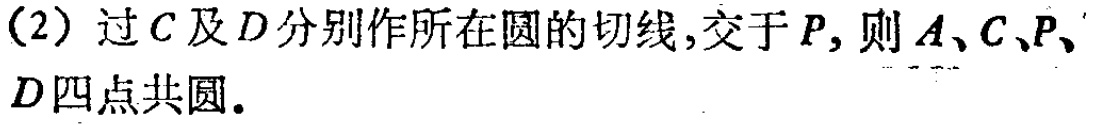
（2）过\(C\)及\(D\)分别作所在圆的切线，交于\(P\)，则\(A\)、\(C\)、\(P\)、\(D\)四点共圆。